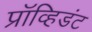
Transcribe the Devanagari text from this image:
प्रॉव्हिडंट